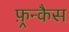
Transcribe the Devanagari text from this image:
फ़्रन्कैस